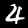
Label: 4